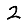
Digit: 2